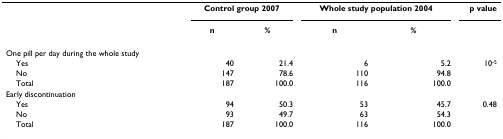
<table><thead><tr><td></td><td colspan="2"><b>Control group 2007</b></td><td colspan="2"><b>Whole study population 2004</b></td><td><b>p value</b></td></tr><tr><td></td><td><b>n</b></td><td><b>%</b></td><td><b>n</b></td><td><b>%</b></td><td></td></tr></thead><tbody><tr><td>One pill per day during the whole study</td><td></td><td></td><td></td><td></td><td></td></tr><tr><td> Yes</td><td>40</td><td>21.4</td><td>6</td><td>5.2</td><td>10<sup>-5</sup></td></tr><tr><td> No</td><td>147</td><td>78.6</td><td>110</td><td>94.8</td><td></td></tr><tr><td> Total</td><td>187</td><td>100.0</td><td>116</td><td>100.0</td><td></td></tr><tr><td>Early discontinuation</td><td></td><td></td><td></td><td></td><td></td></tr><tr><td> Yes</td><td>94</td><td>50.3</td><td>53</td><td>45.7</td><td>0.48</td></tr><tr><td> No</td><td>93</td><td>49.7</td><td>63</td><td>54.3</td><td></td></tr><tr><td> Total</td><td>187</td><td>100.0</td><td>116</td><td>100.0</td><td></td></tr></tbody></table>